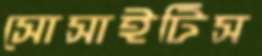
সোসাইটিস